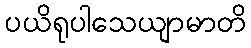
ပယိရုပါသေယျာမာတိ